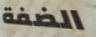
الضفة